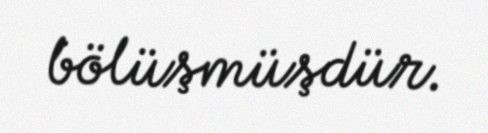
bölüşmüşdür.